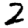
Digit: 2